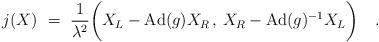
LaTeX: \begin{align*} j(X)~=~{1\over \lambda^2} \bigg( X_L - {\rm Ad}(g) X_R \, , \, X_R - {\rm Ad}(g)^{-1} X_L \bigg)~~~.\end{align*}